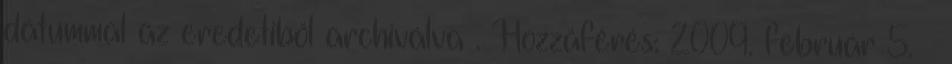
dátummal az eredetiből archiválva . Hozzáférés: 2009. február 5. ↑